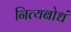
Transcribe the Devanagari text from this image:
नित्यबोधं